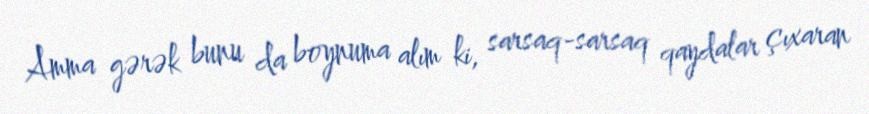
Amma gərək bunu da boynuma alım ki, sarsaq-sarsaq qaydalar çıxaran